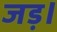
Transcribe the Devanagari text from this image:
जड़।